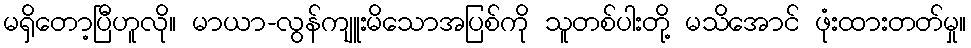
မရှိတော့ပြီဟူလို။ မာယာ-လွန်ကျူးမိသောအပြစ်ကို သူတစ်ပါးတို့ မသိအောင် ဖုံးထားတတ်မှု။